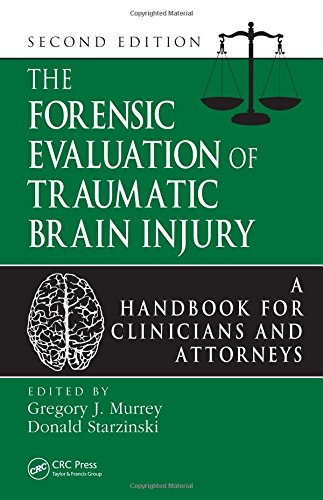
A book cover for The Forensic Evaluation of Traumatic Brain Injury: A Handbook for Clinicians and Attorneys, Second Edition; Law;